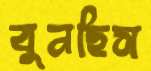
বুনছিস